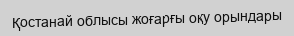
Қостанай облысы жоғарғы оқу орындары